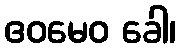
ဧဝမေဝ ခေါ၊